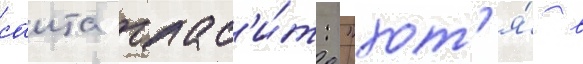
саита глас'и́т: "хот'я́ в